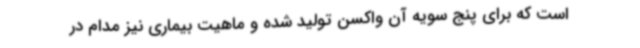
است که برای پنج سویه آن واکسن تولید شده و ماهیت بیماری نیز مدام در